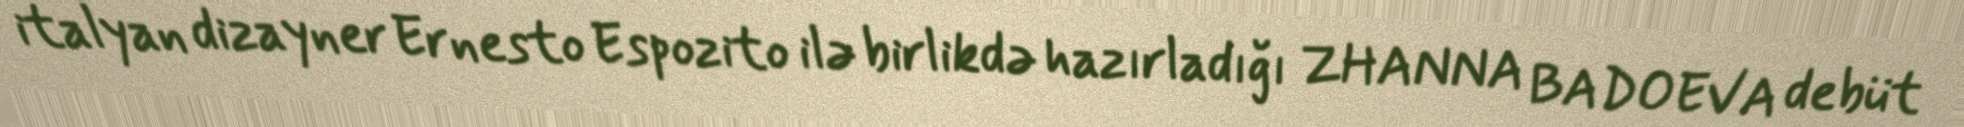
italyan dizayner Ernesto Espozito ilə birlikdə hazırladığı ZHANNA BADOEVA debüt